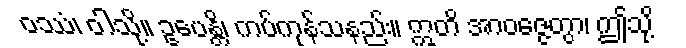
ဝဿံ၊ ဝါသို့။ ဥပေန္တိ၊ ကပ်ကုန်သနည်း။ ဣတိ အာဝဇ္ဇေတွာ၊ ဤသို့